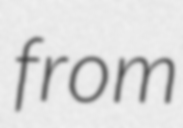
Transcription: from